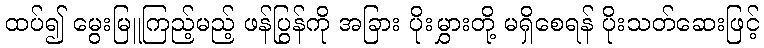
ထပ်၍ မွေးမြူကြည့်မည့် ဖန်ပြွန်ကို အခြား ပိုးမွှားတို့ မရှိစေရန် ပိုးသတ်ဆေးဖြင့်